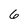
Character: 6